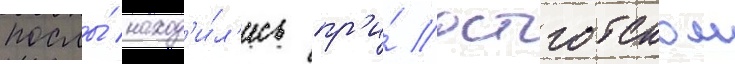
послы́ наход'и́л'ись пр'и́ остготском